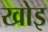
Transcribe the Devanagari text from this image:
खोइ